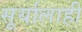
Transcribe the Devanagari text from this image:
सूर्यालाही